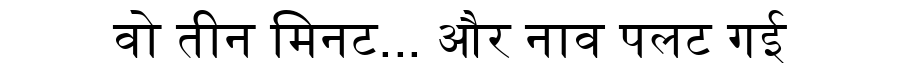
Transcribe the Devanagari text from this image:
वो तीन मिनट... और नाव पलट गई